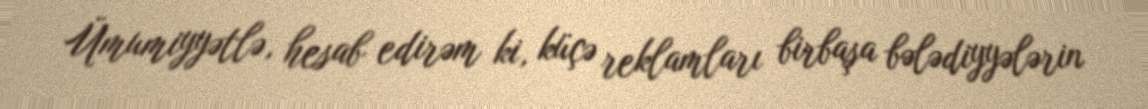
Ümumiyyətlə, hesab edirəm ki, küçə reklamları birbaşa bələdiyyələrin